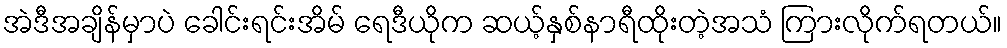
အဲဒီအချိန်မှာပဲ ခေါင်းရင်းအိမ် ရေဒီယိုက ဆယ့်နှစ်နာရီထိုးတဲ့အသံ ကြားလိုက်ရတယ်။